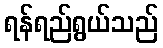
ရန်ရည်ရွယ်သည်